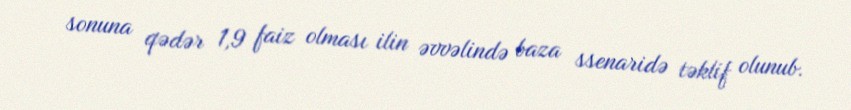
sonuna qədər 1,9 faiz olması ilin əvvəlində baza ssenaridə təklif olunub.